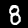
Label: 8